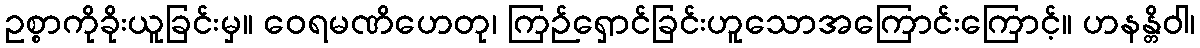
ဥစ္စာကိုခိုးယူခြင်းမှ။ ဝေရမဏိဟေတု၊ ကြဉ်ရှောင်ခြင်းဟူသောအကြောင်းကြောင့်။ ဟနန္တိဝါ၊